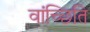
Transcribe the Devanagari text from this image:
वांच्छिति